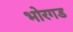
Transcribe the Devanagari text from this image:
भोरगड